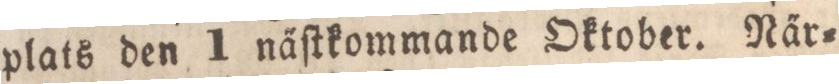
plats den 1 na̋ſtkommande Oktober. Na̋r=